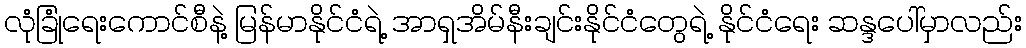
လုံခြုံရေးကောင်စီနဲ့ မြန်မာနိုင်ငံရဲ့ အာရှအိမ်နီးချင်းနိုင်ငံတွေရဲ့ နိုင်ငံရေး ဆန္ဒပေါ်မှာလည်း